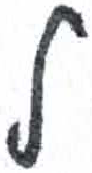
אות: ל